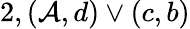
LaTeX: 2,(\mathcal{A},d)\lor(c,b)